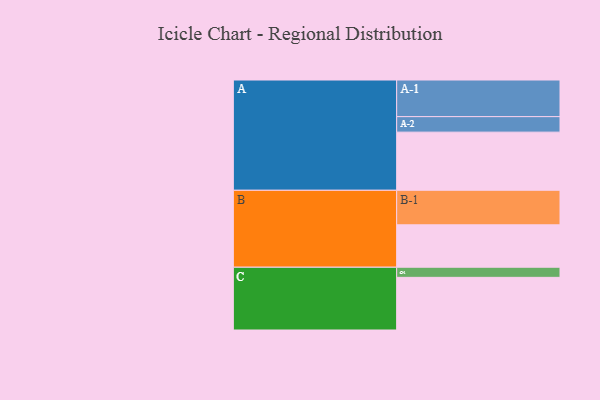
{"axis": {"x": "Segment", "y": "Value"}, "legend": ["", "A", "B", "C"], "data": [{"x": "A", "y": 443, "type": ""}, {"x": "B", "y": 323, "type": ""}, {"x": "C", "y": 401, "type": ""}, {"x": "A-1", "y": 279, "type": "A"}, {"x": "A-2", "y": 118, "type": "A"}, {"x": "B-1", "y": 263, "type": "B"}, {"x": "C-1", "y": 77, "type": "C"}]}